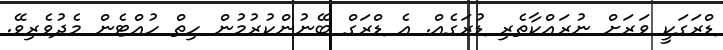
ޑްރަގަކީ ވަރަށް ނުރައްކާތެރި ޑުރަގެއް. އެ ޑްރަގް ބޭނުންކުރުމުން ހިތް ހުއްޓެން މެދުވެރިވޭ.